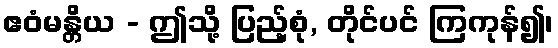
ဧဝံမန္တိယ - ဤသို့ ပြည့်စုံ, တိုင်ပင် ကြကုန်၍၊